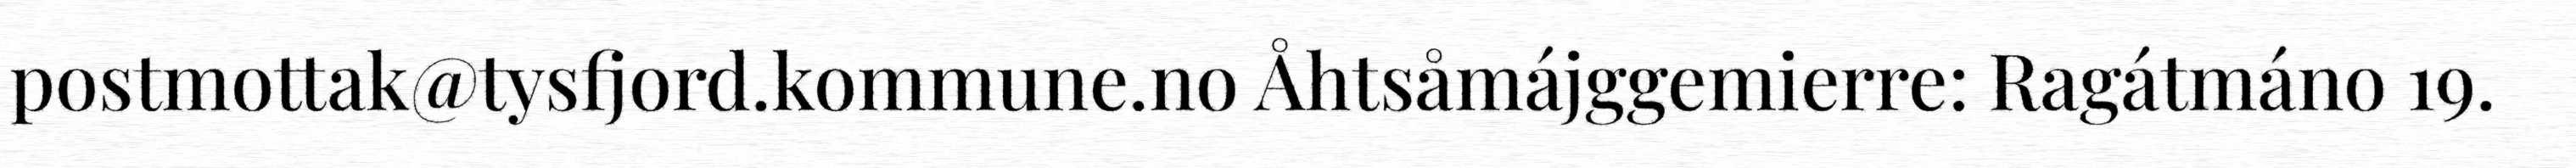
postmottak@tysfjord.kommune.no Åhtsåmájggemierre: Ragátmáno 19.